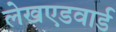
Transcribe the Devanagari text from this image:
लेखएडवार्ड